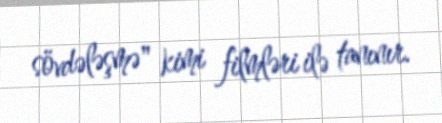
sövdələşmə" kimi filmləri ilə tanınır.